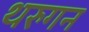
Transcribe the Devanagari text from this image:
थरुगन